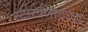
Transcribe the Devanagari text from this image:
स्टारफ्लीटच्या